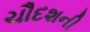
ચૌદશની